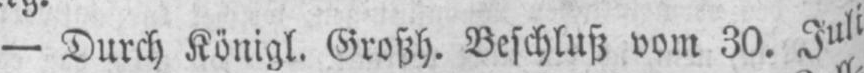
- Durch Königl. Großh. Beschluß vom 30. Juli